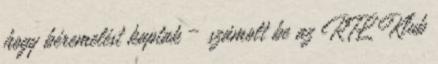
hogy béremelést kaptak – számolt be az RTL Klub